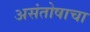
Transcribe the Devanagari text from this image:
असंतोषाचा